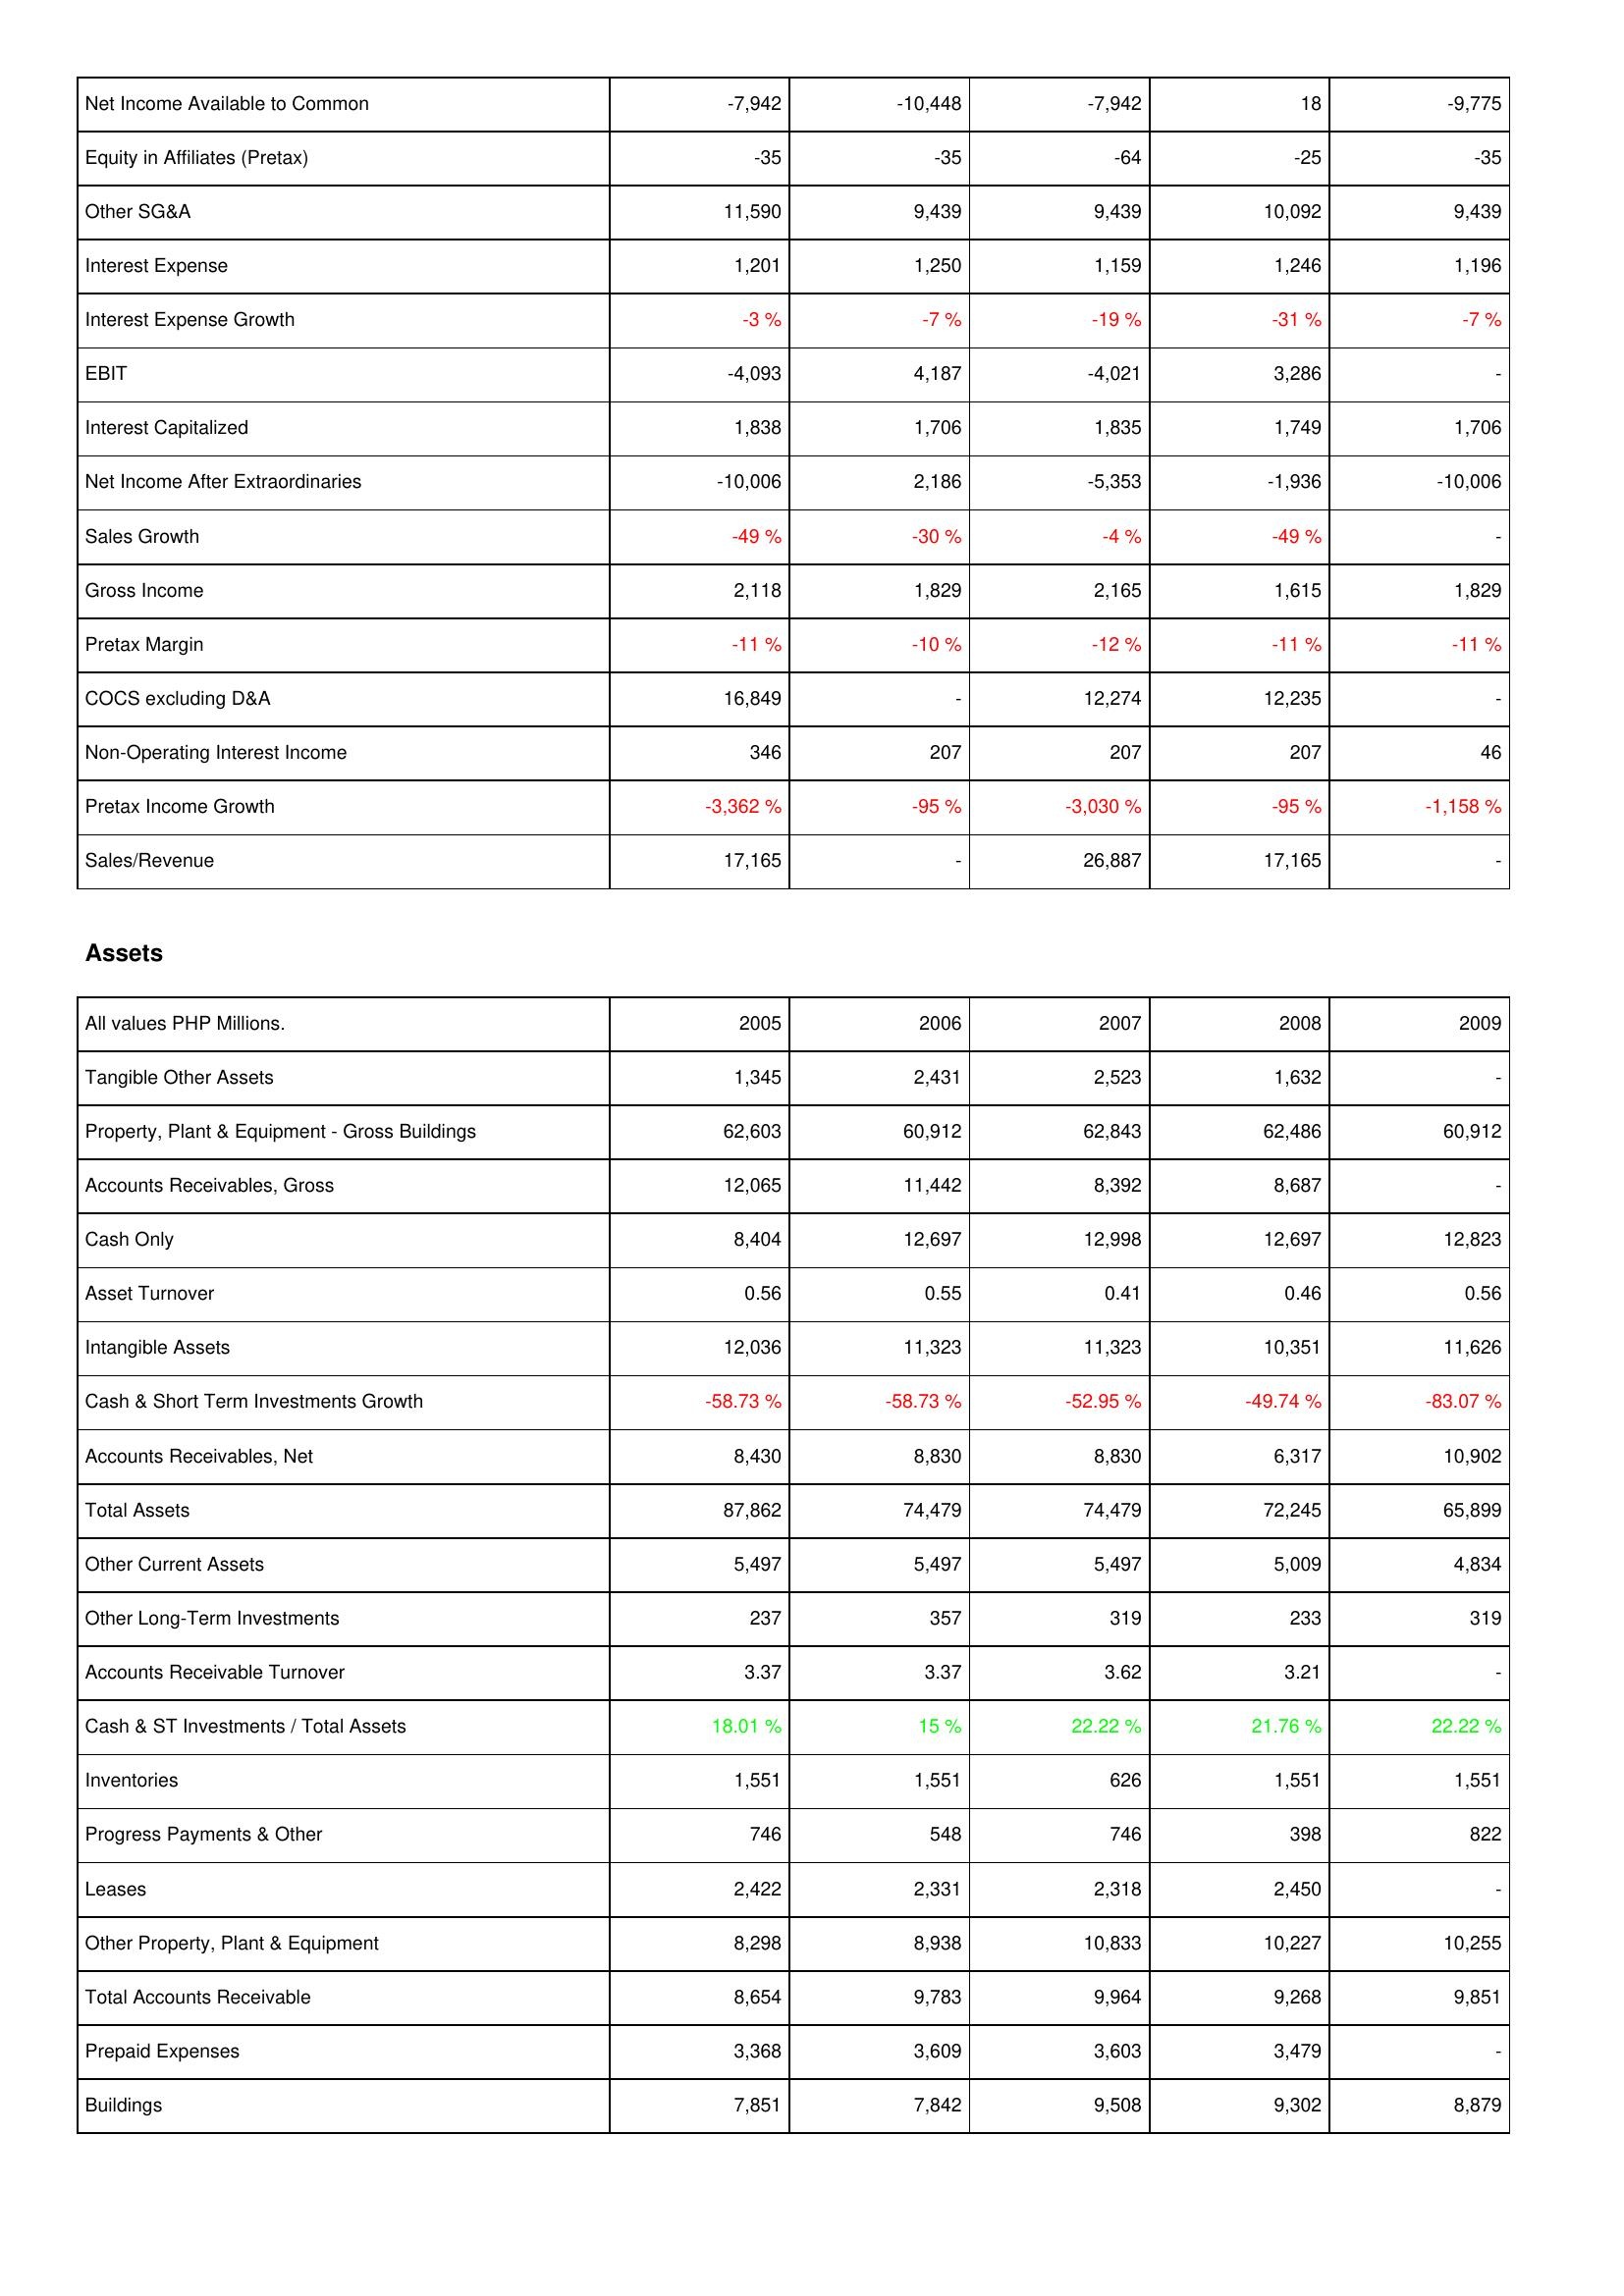
2005: Income Statement: Net Income Available to Common: -7,942
Equity in Affiliates (Pretax): -35
Other SG&A: 11,590
Interest Expense: 1,201
Interest Expense Growth: -3 %
EBIT: -4,093
Interest Capitalized: 1,838
Net Income After Extraordinaries: -10,006
Sales Growth: -49 %
Gross Income: 2,118
Pretax Margin: -11 %
COCS excluding D&A: 16,849
Non-Operating Interest Income: 346
Pretax Income Growth: -3,362 %
Sales/Revenue: 17,165
Assets: Tangible Other Assets: 1,345
Property, Plant & Equipment - Gross Buildings: 62,603
Accounts Receivables, Gross: 12,065
Cash Only: 8,404
Asset Turnover: 0.56
Intangible Assets: 12,036
Cash & Short Term Investments Growth: -58.73 %
Accounts Receivables, Net: 8,430
Total Assets: 87,862
Other Current Assets: 5,497
Other Long-Term Investments: 237
Accounts Receivable Turnover: 3.37
Cash & ST Investments / Total Assets: 18.01 %
Inventories: 1,551
Progress Payments & Other: 746
Leases: 2,422
Other Property, Plant & Equipment: 8,298
Total Accounts Receivable: 8,654
Prepaid Expenses: 3,368
Buildings: 7,851
2006: Income Statement: Net Income Available to Common: -10,448
Equity in Affiliates (Pretax): -35
Other SG&A: 9,439
Interest Expense: 1,250
Interest Expense Growth: -7 %
EBIT: 4,187
Interest Capitalized: 1,706
Net Income After Extraordinaries: 2,186
Sales Growth: -30 %
Gross Income: 1,829
Pretax Margin: -10 %
COCS excluding D&A: -
Non-Operating Interest Income: 207
Pretax Income Growth: -95 %
Sales/Revenue: -
Assets: Tangible Other Assets: 2,431
Property, Plant & Equipment - Gross Buildings: 60,912
Accounts Receivables, Gross: 11,442
Cash Only: 12,697
Asset Turnover: 0.55
Intangible Assets: 11,323
Cash & Short Term Investments Growth: -58.73 %
Accounts Receivables, Net: 8,830
Total Assets: 74,479
Other Current Assets: 5,497
Other Long-Term Investments: 357
Accounts Receivable Turnover: 3.37
Cash & ST Investments / Total Assets: 15 %
Inventories: 1,551
Progress Payments & Other: 548
Leases: 2,331
Other Property, Plant & Equipment: 8,938
Total Accounts Receivable: 9,783
Prepaid Expenses: 3,609
Buildings: 7,842
2007: Income Statement: Net Income Available to Common: -7,942
Equity in Affiliates (Pretax): -64
Other SG&A: 9,439
Interest Expense: 1,159
Interest Expense Growth: -19 %
EBIT: -4,021
Interest Capitalized: 1,835
Net Income After Extraordinaries: -5,353
Sales Growth: -4 %
Gross Income: 2,165
Pretax Margin: -12 %
COCS excluding D&A: 12,274
Non-Operating Interest Income: 207
Pretax Income Growth: -3,030 %
Sales/Revenue: 26,887
Assets: Tangible Other Assets: 2,523
Property, Plant & Equipment - Gross Buildings: 62,843
Accounts Receivables, Gross: 8,392
Cash Only: 12,998
Asset Turnover: 0.41
Intangible Assets: 11,323
Cash & Short Term Investments Growth: -52.95 %
Accounts Receivables, Net: 8,830
Total Assets: 74,479
Other Current Assets: 5,497
Other Long-Term Investments: 319
Accounts Receivable Turnover: 3.62
Cash & ST Investments / Total Assets: 22.22 %
Inventories: 626
Progress Payments & Other: 746
Leases: 2,318
Other Property, Plant & Equipment: 10,833
Total Accounts Receivable: 9,964
Prepaid Expenses: 3,603
Buildings: 9,508
2008: Income Statement: Net Income Available to Common: 18
Equity in Affiliates (Pretax): -25
Other SG&A: 10,092
Interest Expense: 1,246
Interest Expense Growth: -31 %
EBIT: 3,286
Interest Capitalized: 1,749
Net Income After Extraordinaries: -1,936
Sales Growth: -49 %
Gross Income: 1,615
Pretax Margin: -11 %
COCS excluding D&A: 12,235
Non-Operating Interest Income: 207
Pretax Income Growth: -95 %
Sales/Revenue: 17,165
Assets: Tangible Other Assets: 1,632
Property, Plant & Equipment - Gross Buildings: 62,486
Accounts Receivables, Gross: 8,687
Cash Only: 12,697
Asset Turnover: 0.46
Intangible Assets: 10,351
Cash & Short Term Investments Growth: -49.74 %
Accounts Receivables, Net: 6,317
Total Assets: 72,245
Other Current Assets: 5,009
Other Long-Term Investments: 233
Accounts Receivable Turnover: 3.21
Cash & ST Investments / Total Assets: 21.76 %
Inventories: 1,551
Progress Payments & Other: 398
Leases: 2,450
Other Property, Plant & Equipment: 10,227
Total Accounts Receivable: 9,268
Prepaid Expenses: 3,479
Buildings: 9,302
2009: Income Statement: Net Income Available to Common: -9,775
Equity in Affiliates (Pretax): -35
Other SG&A: 9,439
Interest Expense: 1,196
Interest Expense Growth: -7 %
EBIT: -
Interest Capitalized: 1,706
Net Income After Extraordinaries: -10,006
Sales Growth: -
Gross Income: 1,829
Pretax Margin: -11 %
COCS excluding D&A: -
Non-Operating Interest Income: 46
Pretax Income Growth: -1,158 %
Sales/Revenue: -
Assets: Tangible Other Assets: -
Property, Plant & Equipment - Gross Buildings: 60,912
Accounts Receivables, Gross: -
Cash Only: 12,823
Asset Turnover: 0.56
Intangible Assets: 11,626
Cash & Short Term Investments Growth: -83.07 %
Accounts Receivables, Net: 10,902
Total Assets: 65,899
Other Current Assets: 4,834
Other Long-Term Investments: 319
Accounts Receivable Turnover: -
Cash & ST Investments / Total Assets: 22.22 %
Inventories: 1,551
Progress Payments & Other: 822
Leases: -
Other Property, Plant & Equipment: 10,255
Total Accounts Receivable: 9,851
Prepaid Expenses: -
Buildings: 8,879